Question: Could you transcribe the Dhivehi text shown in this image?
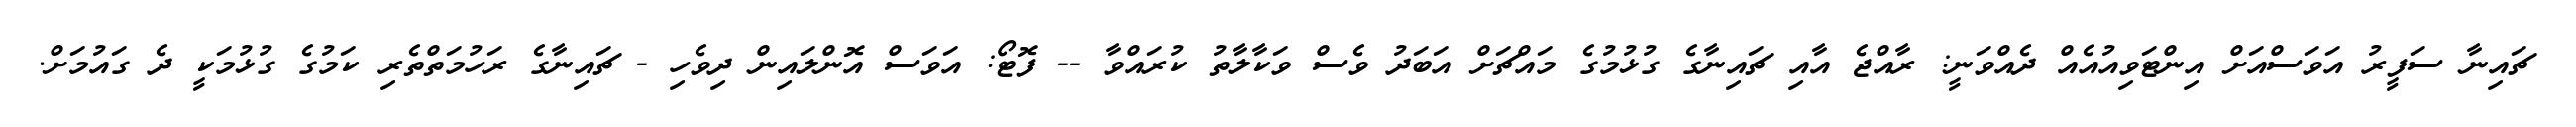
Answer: ޗައިނާ ސަފީރު އަވަސްއަށް އިންޓަވިއުއެއް ދެއްވަނީ: ރާއްޖެ އާއި ޗައިނާގެ ގުޅުމުގެ މައްޗަށް އަބަދު ވެސް ވަކާލާތު ކުރައްވާ -- ފޮޓޯ: އަވަސް އޮންލައިން ދިވެހި - ޗައިނާގެ ރަހުމަތްތެރި ކަމުގެ ގުޅުމަކީ ދެ ގައުމަށް.